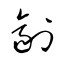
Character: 剤